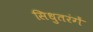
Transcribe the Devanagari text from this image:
सिधुतरंगें